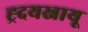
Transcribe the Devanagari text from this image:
ह्र्दयस्नायू